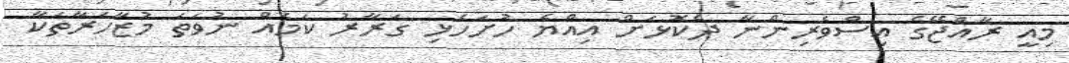
މިއީ ރާއްޖޭގެ އިސްވެރިންނާ ދެކޮޅަށް އިއްޔެ ހުށަހެޅި ގަރާރު ކަމެއް ނުވަތަ މުޒާހަރާތަކާ